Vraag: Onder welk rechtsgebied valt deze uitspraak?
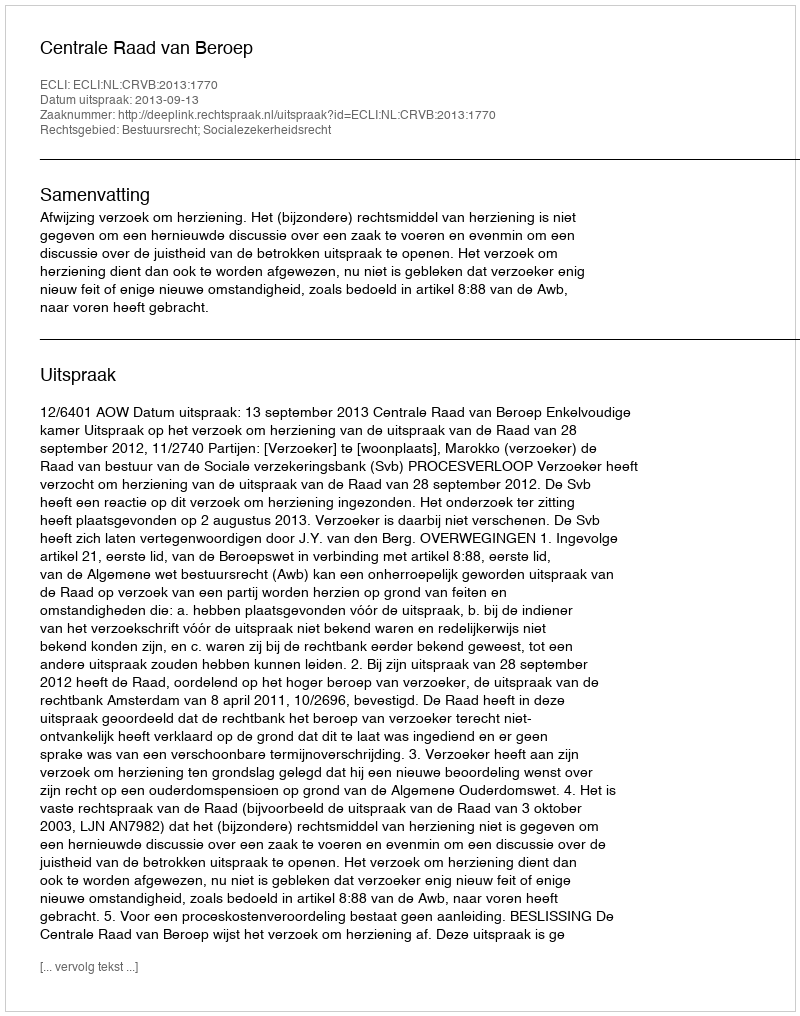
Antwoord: Bestuursrecht; Socialezekerheidsrecht